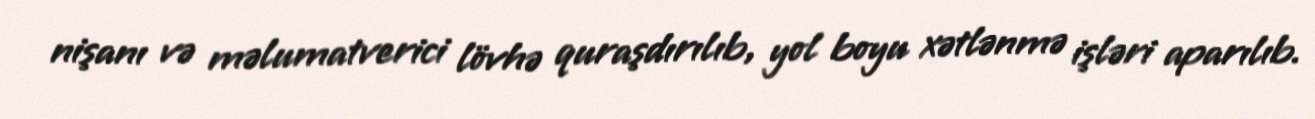
nişanı və məlumatverici lövhə quraşdırılıb, yol boyu xətlənmə işləri aparılıb.